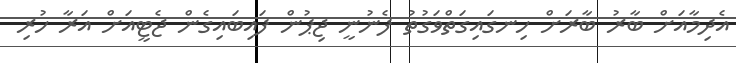
އެދިމާއަށް ބާރު ބާރަށް ހިނގައިގަތްވަގުތު ފެނުނީ ޖިޕުން ފައިބައިގެން ޖެޓީއަށް އަރާ ހުރި